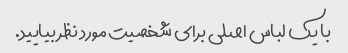
با یک لباس اصلی برای شخصیت مورد نظر بیایید.